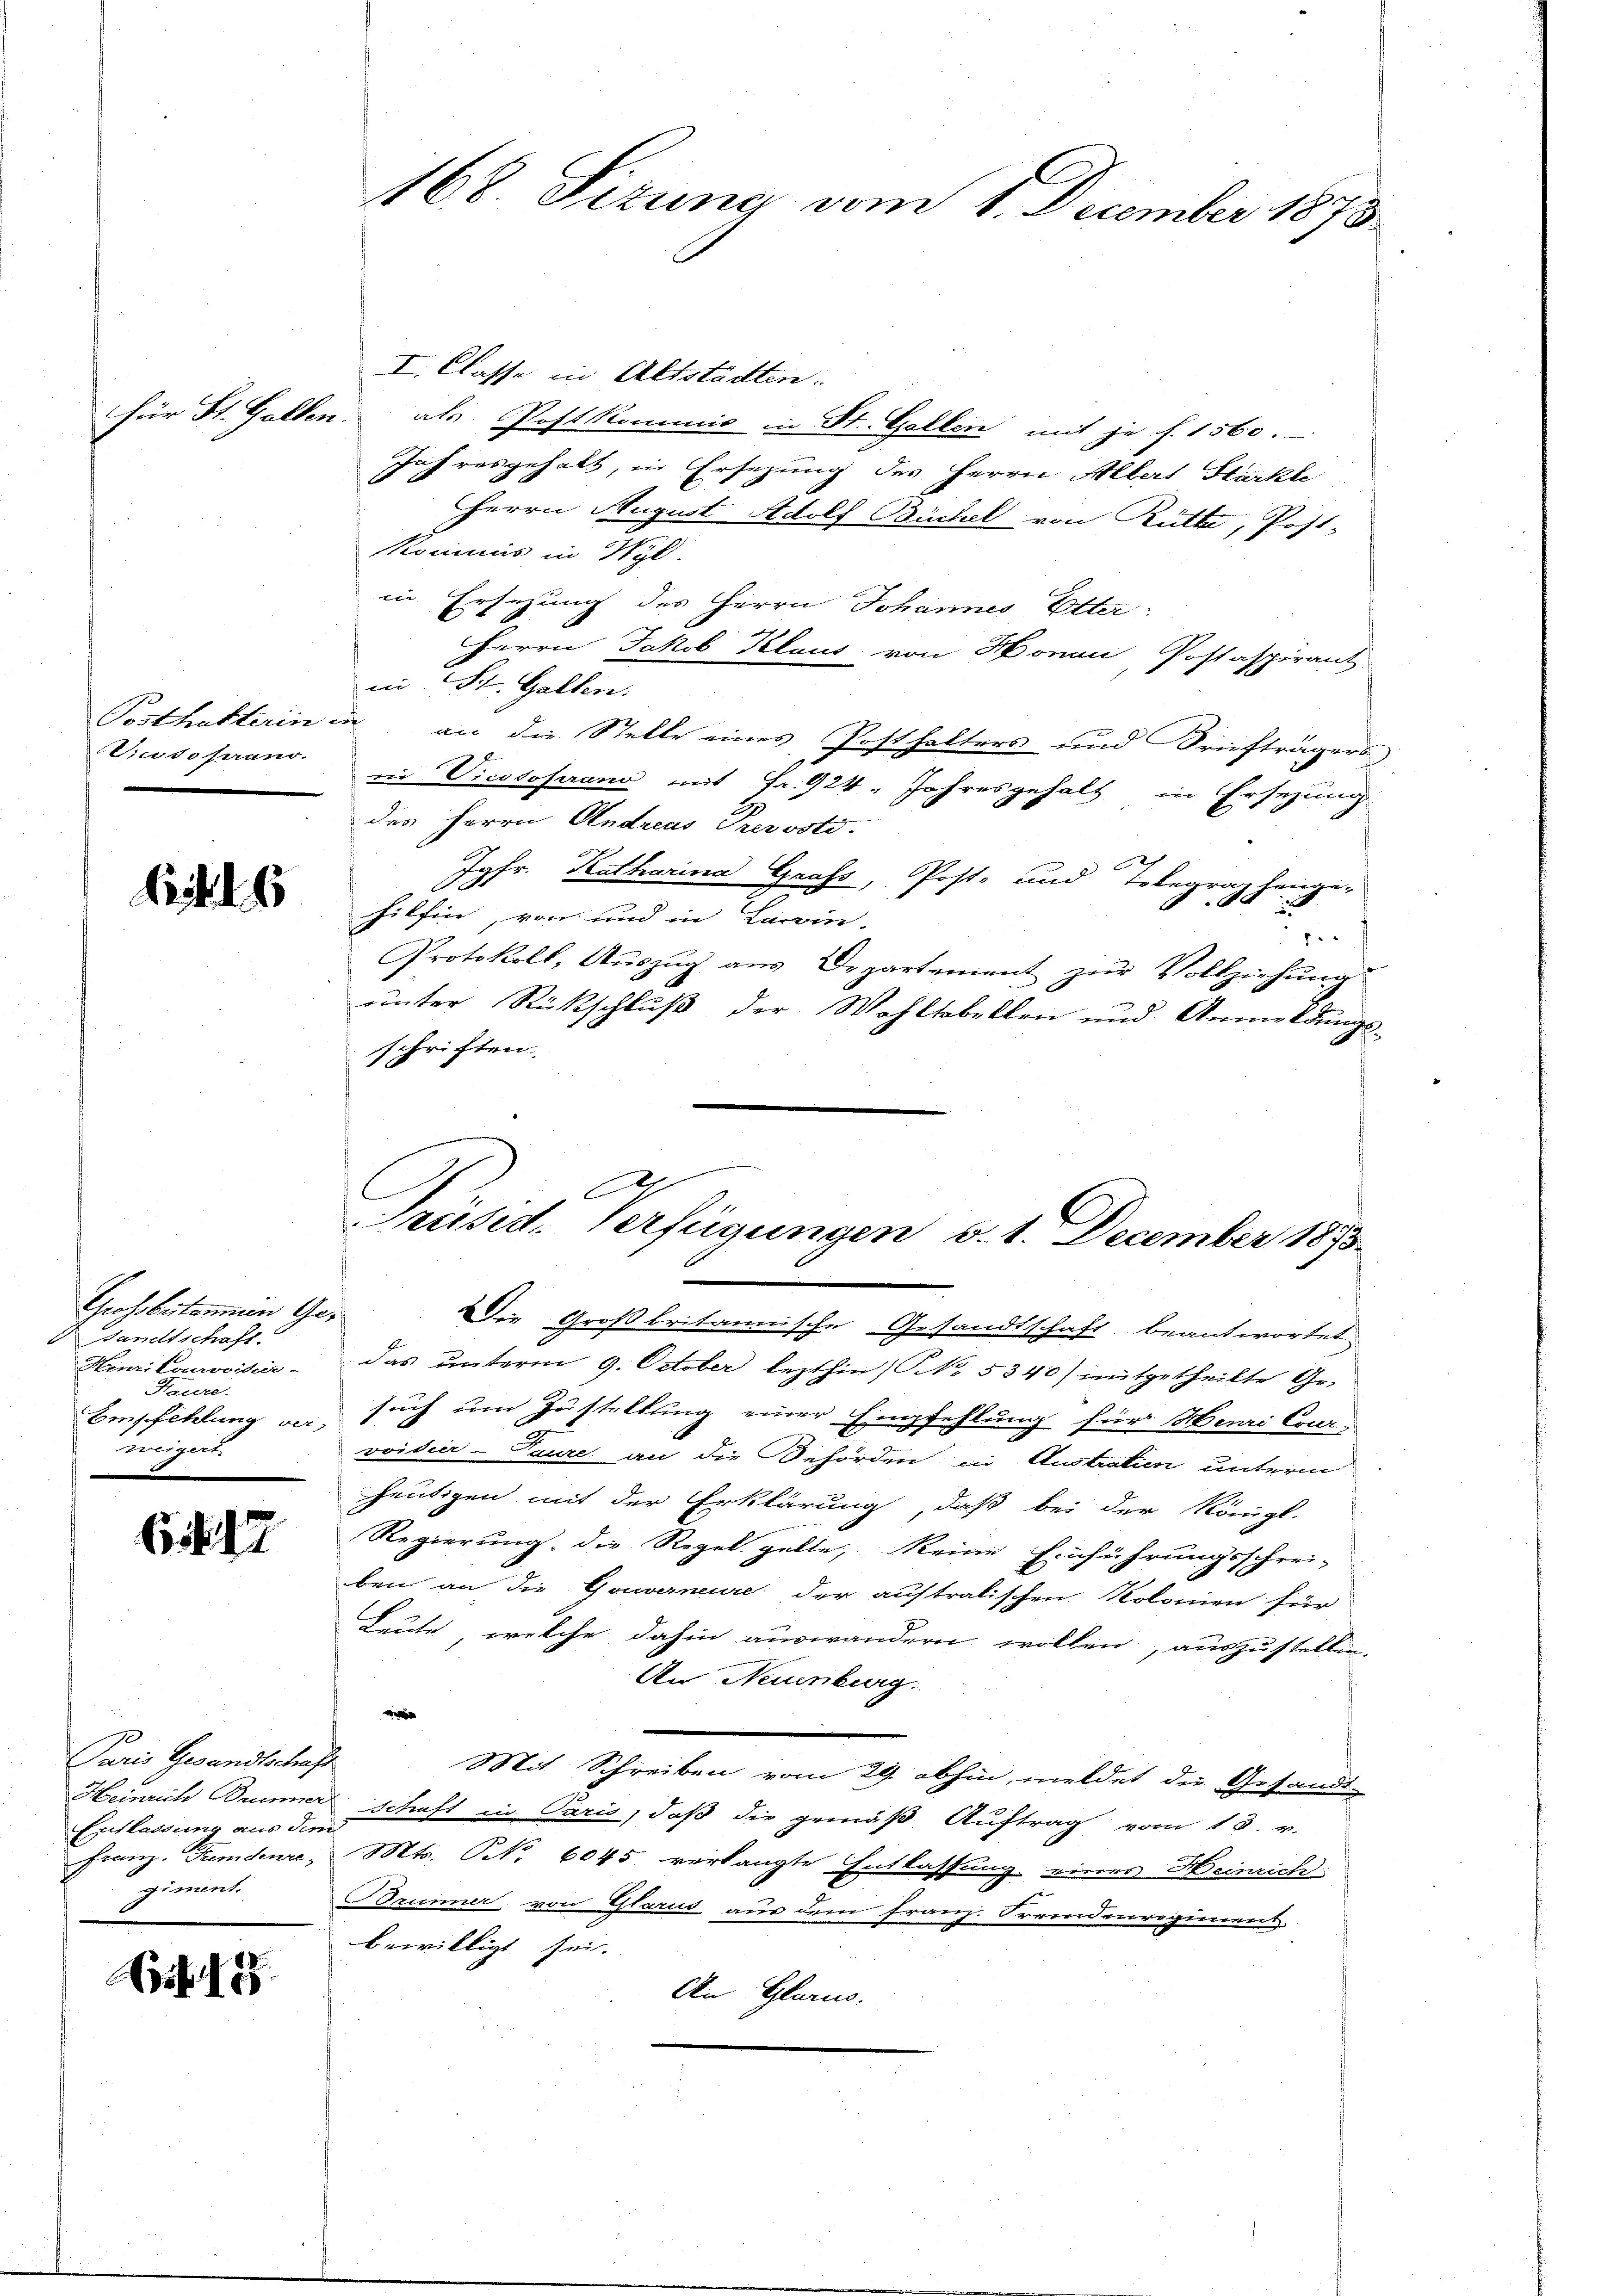
Vice dosauno.

i

Grossbekommen Ge¬
Handtschaft.
Henrilourvoiha-
Haure.
Empfehlung verweigert.

Ei

Paris Gesandtschaf
Entlassung aus de
riment.
2

Art. 125.

I. Classe in Altstädten.
für St. Gallen als Postkommis in St. Gallen mit je f. 1560.
Jahresgehalt, in Ersezung des Herrn Albert Stärkte
Herrn August Adolf Büchel von Rütte, Post-
Kommis in Wyl.
in Ersezung des Herrn Johannes Elter:
Herrn Jakob Klaus von Honau, Postaspirant
in St. Gallen.
Posthalterin in an die Stelle eines Posthalters und Briefträgers
in Vicssoferano mit Fr. 924. Jahresgehalt in Ersezung
des Herrn Andreas Prevosto.
Jgfr. Katharina Grafs, Post- und Telegraphenge-
hilfen, von und in Lawin-
1.
Protokoll, Auszug aus Departement zur Vollziehung
unter Rückschluß der Wahltabellen und Anmeldungs-
schriften.
Die Großbritannische Gesandtschaft beantwortet
das unterm 9. October lezthin (No. 5340) mitgetheilte Ge-
such um Zustellung einer Empfehlung für Menri Cour-
vvidier-Taure an die Gehörden in Austration unterm
heutigen mit der Erklärung, daß bei der Königl.
Regierung, die Regel gelte, keine Einführungsschrei-
ben an die Gouverneure der auftralischen Kolonien für
Leute, welche dahin auswandern wollen, auszustellen.
An Neunburg.
i
.
Mit Schreiben vom 29. abhin, meldet die Gesandt-
Heinrich Briner Schrift in Paris, daß die gemäß Auftrag vom 13. v.
a
Franz. Tumdenre, Mts., Nr. 6045 verlangte Entlassung einer Heinrich
Brunner von Glarus aus dem Franz. Serendenregiment
bewilligt sei.
An Glarus.

168. Sizung vom 1. December 1873

A
Frusid. Verfügungen d. 1. December 1895.
5
e